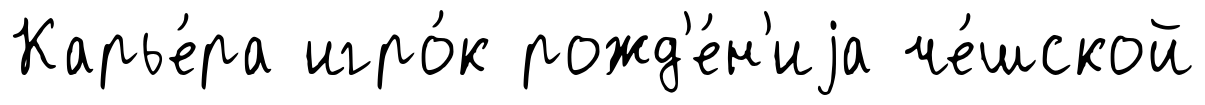
Карье́ра игро́к рожд'е́н'иjа че́шской